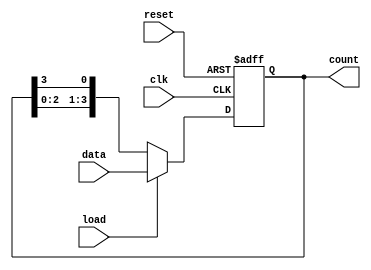
module loadable_ring_counter #(
    parameter N = 4  // Number of bits in the ring counter
)(
    input wire clk,          // Clock signal
    input wire load,         // Load signal
    input wire [N-1:0] data, // Data input for loading
    input wire reset,        // Optional reset signal
    output reg [N-1:0] count // Current state of the ring counter
);

    // Internal register to hold the current state
    reg [N-1:0] next_count;

    always @(posedge clk or posedge reset) begin
        if (reset) begin
            count <= {N{1'b0}};  // Reset all bits to '0'
        end else if (load) begin
            count <= data;       // Load new value from data
        end else begin
            // Perform the ring counter operation
            next_count = {count[N-2:0], count[N-1]}; // Shift right
            count <= next_count; // Update the count
        end
    end

    // Initialize the counter to a known state (optional)
    initial begin
        count = {N{1'b0}}; // Set initial state to all zeros
    end

endmodule